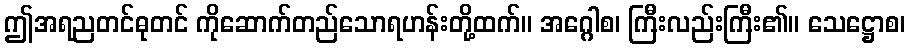
ဤအရညတင်ဓုတင် ကိုဆောက်တည်သောရဟန်းတို့ထက်။ အဂ္ဂေါစ၊ ကြီးလည်းကြီး၏။ သေဋ္ဌောစ၊